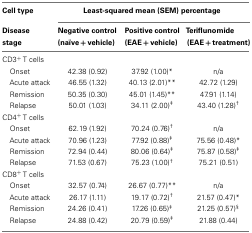
<table><thead><tr><td><b>Cell type</b></td><td colspan="3"><b>Least-squared mean (SEM) percentage</b></td></tr><tr><td><b>Disease stage</b></td><td><b>Negative control (naïve + vehicle)</b></td><td><b>Positive control (EAE + vehicle)</b></td><td><b>Teriflunomide (EAE + treatment)</b></td></tr></thead><tbody><tr><td colspan="4">CD3<sup>+</sup> T cells</td></tr><tr><td> Onset</td><td>42.38 (0.92)</td><td>37.92 (1.00)*</td><td>n/a</td></tr><tr><td> Acute attack</td><td>46.55 (1.32)</td><td>40.13 (2.01)**</td><td>42.72 (1.29)</td></tr><tr><td> Remission</td><td>50.35 (0.30)</td><td>45.01 (1.45)**</td><td>47.91 (1.14)</td></tr><tr><td> Relapse</td><td>50.01 (1.03)</td><td>34.11 (2.00)<sup>‡</sup></td><td>43.40 (1.28)<sup>†</sup></td></tr><tr><td colspan="4">CD4<sup>+</sup> T cells</td></tr><tr><td> Onset</td><td>62.19 (1.92)</td><td>70.24 (0.76)<sup>†</sup></td><td>n/a</td></tr><tr><td> Acute attack</td><td>70.96 (1.23)</td><td>77.92 (0.88)<sup>‡</sup></td><td>75.56 (0.48)*</td></tr><tr><td> Remission</td><td>72.94 (0.44)</td><td>80.06 (0.64)<sup>‡</sup></td><td>75.87 (0.58)<sup>‡</sup></td></tr><tr><td> Relapse</td><td>71.53 (0.67)</td><td>75.23 (1.00)<sup>†</sup></td><td>75.21 (0.51)</td></tr><tr><td colspan="4">CD8<sup>+</sup> T cells</td></tr><tr><td> Onset</td><td>32.57 (0.74)</td><td>26.67 (0.77)**</td><td>n/a</td></tr><tr><td> Acute attack</td><td>26.17 (1.11)</td><td>19.17 (0.72)<sup>†</sup></td><td>21.57 (0.47)*</td></tr><tr><td> Remission</td><td>24.26 (0.41)</td><td>17.26 (0.65)<sup>‡</sup></td><td>21.25 (0.57)<sup>§</sup></td></tr><tr><td> Relapse</td><td>24.88 (0.42)</td><td>20.79 (0.59)<sup>‡</sup></td><td>21.88 (0.44)</td></tr></tbody></table>